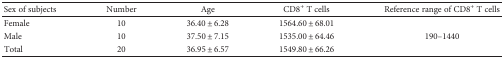
| Sex of subjects | Number | Age | CD8+ T cells | Reference range of CD8+ T cells |
 | --- | --- | --- | --- | --- |
 | Female | 10 | 36.40 ± 6.28 | 1564.60 ± 68.01 | <ROWSPAN=3> 190–1440 |
 | Male | 10 | 37.50 ± 7.15 | 1535.00 ± 64.46 |
 | Total | 20 | 36.95 ± 6.57 | 1549.80 ± 66.26 |